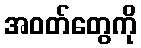
အဝတ်တွေကို